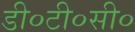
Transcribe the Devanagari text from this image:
डी०टी०सी०